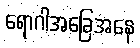
ရောဂါအခြေအနေ